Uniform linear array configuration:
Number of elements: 8
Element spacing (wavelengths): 0.25
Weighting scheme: cosine
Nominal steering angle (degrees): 45
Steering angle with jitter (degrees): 43.117
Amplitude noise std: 0.05
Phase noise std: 0.05

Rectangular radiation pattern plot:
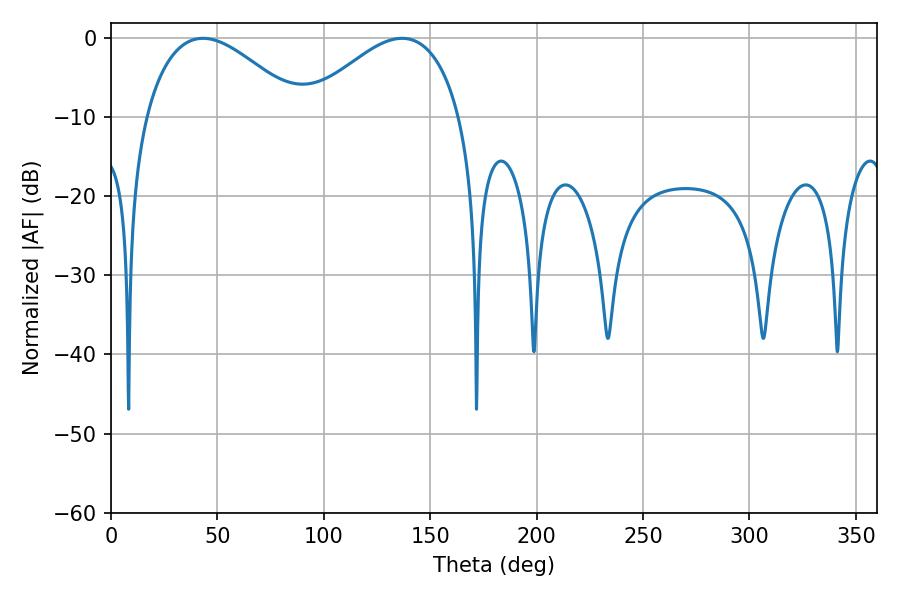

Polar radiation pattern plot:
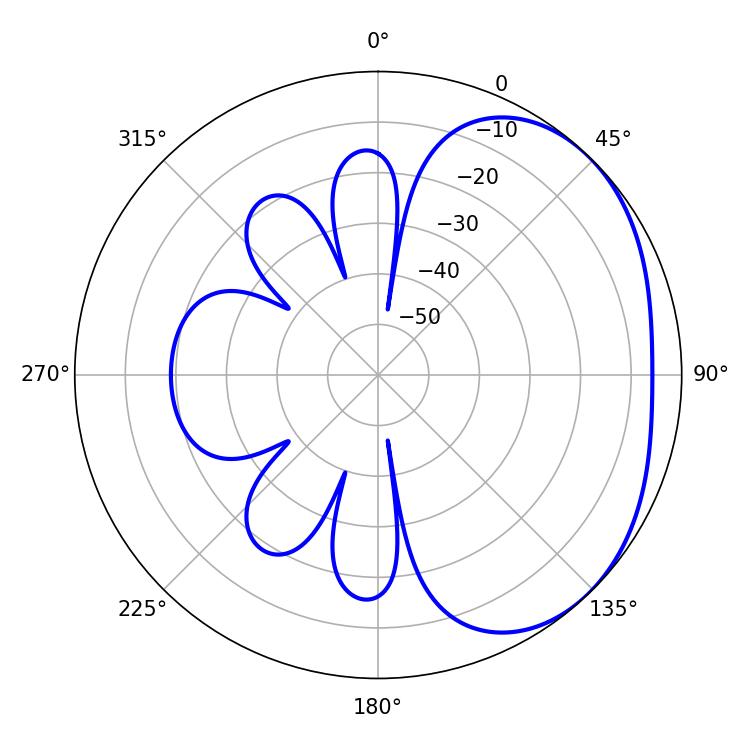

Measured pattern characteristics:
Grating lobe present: FALSE
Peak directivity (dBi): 2.651
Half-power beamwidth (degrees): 39.96
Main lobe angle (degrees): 43.2